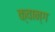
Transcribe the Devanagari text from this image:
क्वान्ग